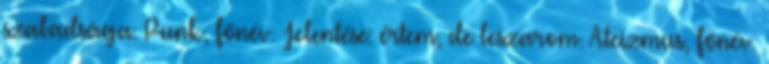
szabadsága. Punk, főnév. Jelentése: értem, de leszarom. Ateizmus, főnév.